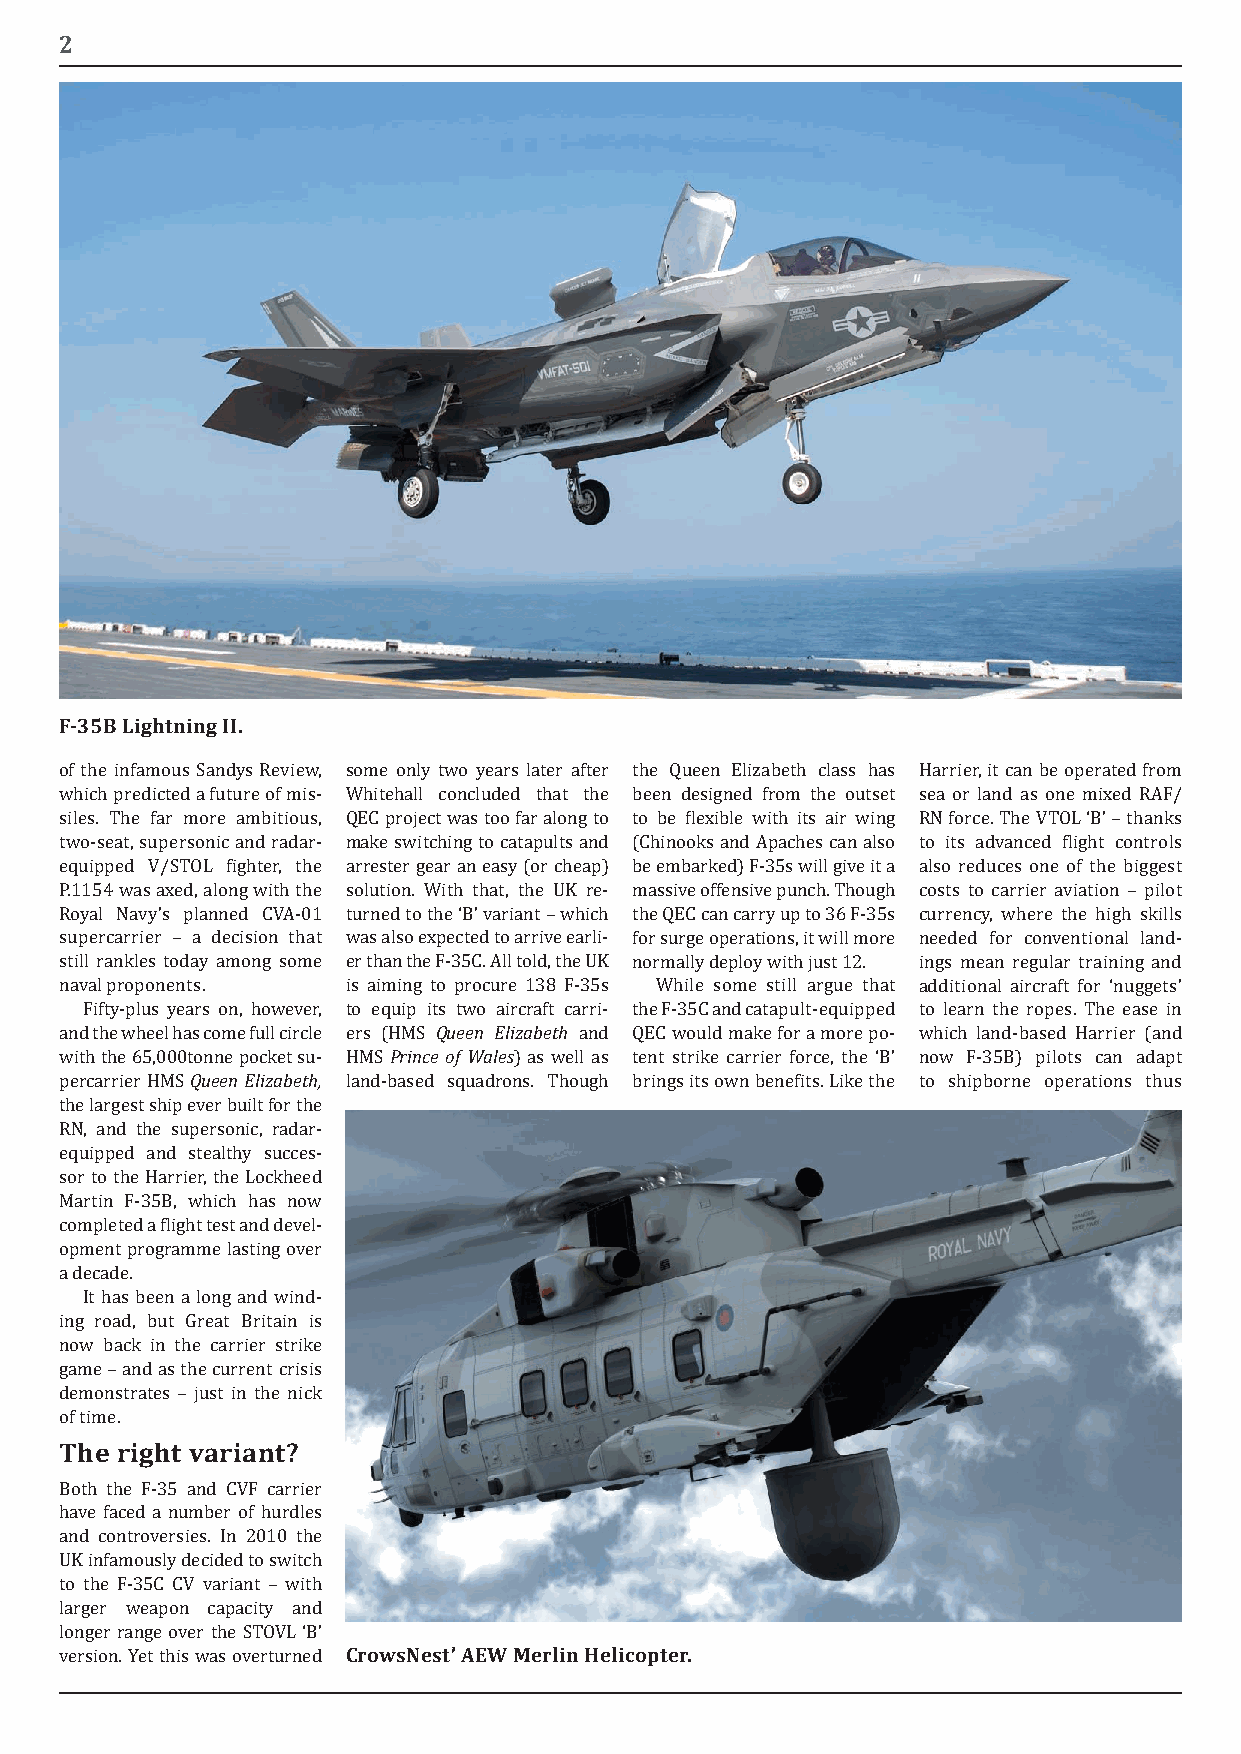
2
 F-35B Lightning II.
 of the infamous Sandys Review, some only two years later after the Queen Elizabeth class has Harrier, it can be operated from
 which predicted a future of mis- Whitehall concluded that the been designed from the outset sea or land as one mixed RAF/
 siles. The far more ambitious, QEC project was too far along to to be flexible with its air wing RN force. The VTOL ‘B’ – thanks
 two-seat, supersonic and radar- make switching to catapults and (Chinooks and Apaches can also to its advanced flight controls
 equipped V/STOL fighter, the arrester gear an easy (or cheap) be embarked) F-35s will give it a also reduces one of the biggest
 P.1154 was axed, along with the solution. With that, the UK re- massive offensive punch. Though costs to carrier aviation – pilot
 Royal Navy’s planned CVA-01 turned to the ‘B’ variant – which the QEC can carry up to 36 F-35s currency, where the high skills
 supercarrier – a decision that was also expected to arrive earli- for surge operations, it will more needed for conventional land-
 still rankles today among some er than the F-35C. All told, the UK normally deploy with just 12. ings mean regular training and
 naval proponents.  is aiming to procure 138 F-35s While some still argue that additional aircraft for ‘nuggets’
 Queen Elizabeth
 Fifty-plus years on, however, to equip its two aircraft carri- the F-35C and catapult-equipped to learn the ropes. The ease in
 Prince of Wales
 and the wheel has come full circle ers (HMS and QEC would make for a more po- which land-based Harrier (and
 Queen Elizabeth,
 with the 65,000tonne pocket su- HMS ) as well as tent strike carrier force, the ‘B’ now F-35B) pilots can adapt
 percarrier HMS     land-based squadrons. Though brings its own benefits. Like the to shipborne operations thus
 the largest ship ever built for the
 RN, and the supersonic, radar-
 equipped and stealthy succes-
 sor to the Harrier, the Lockheed
 Martin F-35B, which has now
 completed a flight test and devel-
 opment programme lasting over
 a decade.
 It has been a long and wind-
 ing road, but Great Britain is
 now back in the carrier strike
 game – and as the current crisis
 demonstrates – just in the nick
 the right variant?
 of time.
 Both the F-35 and CVF carrier
 have faced a number of hurdles
 and controversies. In 2010 the
 UK infamously decided to switch
 to the F-35C CV variant – with
 larger weapon capacity and CrowsNest’ Aew Merlin Helicopter.
 longer range over the STOVL ‘B’
 version. Yet this was overturned